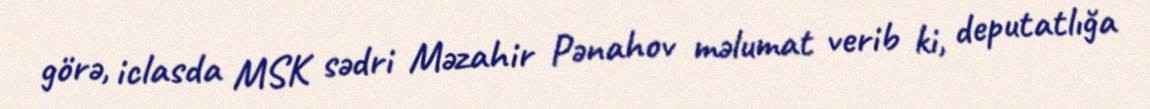
görə, iclasda MSK sədri Məzahir Pənahov məlumat verib ki, deputatlığa